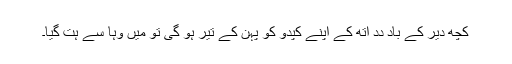
کُچھ دیر کے باد دِدِ اُتھ کے اَپنے کپدو کو پہن کے تیّر ہو گیِ تو میں وہا سے ہت گیا۔